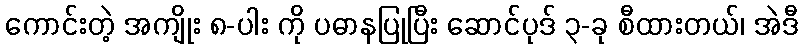
ကောင်းတဲ့ အကျိုး ၈-ပါး ကို ပဓာနပြုပြီး ဆောင်ပုဒ် ၃-ခု စီထားတယ်၊ အဲဒီ